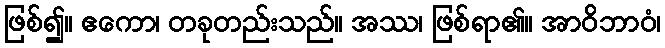
ဖြစ်၍။ ဧကော၊ တခုတည်းသည်။ အဿ၊ ဖြစ်ရာ၏။ အာဝိဘာဝံ၊